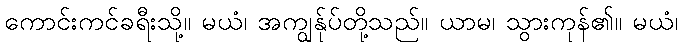
ကောင်းကင်ခရီးသို့။ မယံ၊ အကျွန်ုပ်တို့သည်။ ယာမ၊ သွားကုန်၏။ မယံ၊